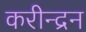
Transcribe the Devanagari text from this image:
करीन्द्रन